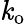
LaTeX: \mathit{k}_{\mathrm{{o}}}